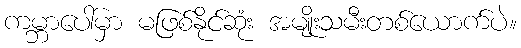
ကမ္ဘာပေါ်မှာ မဖြစ်နိုင်ဆုံး အမျိုးသမီးတစ်ယောက်ပဲ။